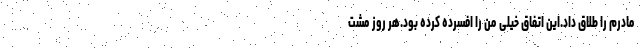
مادرم را طلاق داد.این اتفاق خیلی من را افسرده کرده بود.هر روز مشت